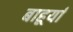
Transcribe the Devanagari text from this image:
बाहूर्या